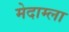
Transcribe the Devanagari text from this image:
मेदाम्ला